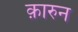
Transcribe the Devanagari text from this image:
क़ारुन